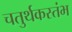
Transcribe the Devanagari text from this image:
चतुर्थकस्तंभ